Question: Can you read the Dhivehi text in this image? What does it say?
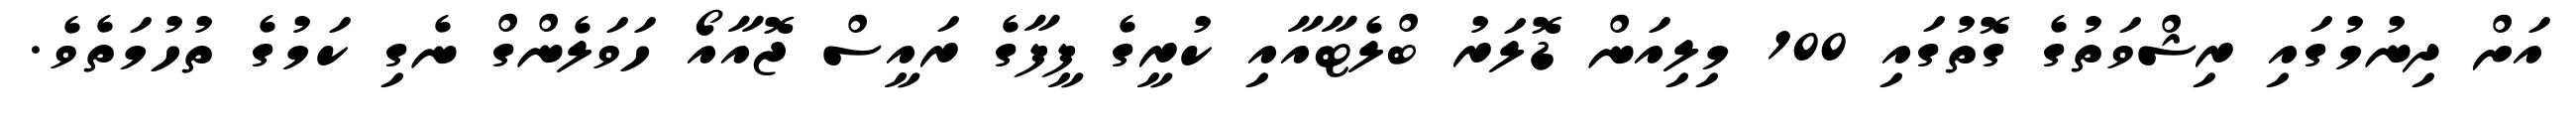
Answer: އަށް ދިނުމުގައި ރިޝްވަތުގެ ގޮތުގައި 100 މިލިއަން ޑޮލަރު ބްލެޓާއާއި ކުރީގެ ފީފާގެ ރައީސް ޖޮއާއޯ ހަވަލެންގް ނެގި ކަމުގެ ތުހުމަތެވެ.